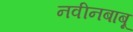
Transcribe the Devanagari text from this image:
नवीनबाबू